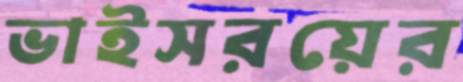
ভাইসরয়ের